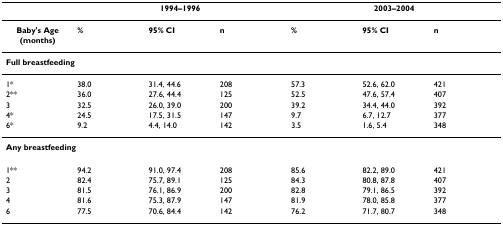
<table><thead><tr><td></td><td colspan="3"><b>1994–1996</b></td><td colspan="3"><b>2003–2004</b></td></tr></thead><tbody><tr><td><b>Baby&#x27;s Age (months)</b></td><td><b>%</b></td><td><b>95% CI</b></td><td><b>n</b></td><td><b>%</b></td><td><b>95% CI</b></td><td><b>n</b></td></tr><tr><td colspan="7"><b>Full breastfeeding</b></td></tr><tr><td>1*</td><td>38.0</td><td>31.4, 44.6</td><td>208</td><td>57.3</td><td>52.6, 62.0</td><td>421</td></tr><tr><td>2**</td><td>36.0</td><td>27.6, 44.4</td><td>125</td><td>52.5</td><td>47.6, 57.4</td><td>407</td></tr><tr><td>3</td><td>32.5</td><td>26.0, 39.0</td><td>200</td><td>39.2</td><td>34.4, 44.0</td><td>392</td></tr><tr><td>4*</td><td>24.5</td><td>17.5, 31.5</td><td>147</td><td>9.7</td><td>6.7, 12.7</td><td>377</td></tr><tr><td>6*</td><td>9.2</td><td>4.4, 14.0</td><td>142</td><td>3.5</td><td>1.6, 5.4</td><td>348</td></tr><tr><td colspan="7"><b>Any breastfeeding</b></td></tr><tr><td>1**</td><td>94.2</td><td>91.0, 97.4</td><td>208</td><td>85.6</td><td>82.2, 89.0</td><td>421</td></tr><tr><td>2</td><td>82.4</td><td>75.7, 89.1</td><td>125</td><td>84.3</td><td>80.8, 87.8</td><td>407</td></tr><tr><td>3</td><td>81.5</td><td>76.1, 86.9</td><td>200</td><td>82.8</td><td>79.1, 86.5</td><td>392</td></tr><tr><td>4</td><td>81.6</td><td>75.3, 87.9</td><td>147</td><td>81.9</td><td>78.0, 85.8</td><td>377</td></tr><tr><td>6</td><td>77.5</td><td>70.6, 84.4</td><td>142</td><td>76.2</td><td>71.7, 80.7</td><td>348</td></tr></tbody></table>